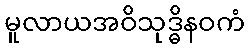
မူလာယအဝိသုဒ္ဓိနဝကံ